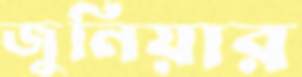
জুনিয়ার